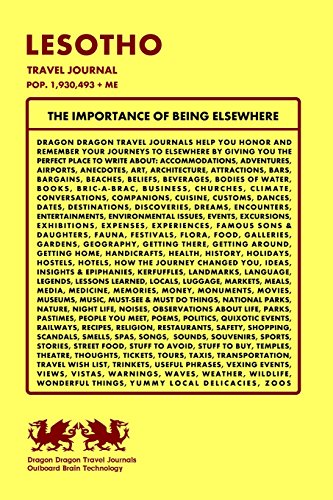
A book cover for Lesotho Travel Journal, Pop. 1,930,493 + Me; Dragon Dragon Travel Journals; Travel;